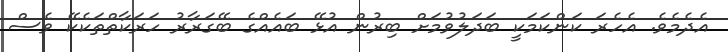
އެދެމެވެ. އެހެރަ ކަންކަމަކީ ބަދަލުވުމަށް ބިރުން އުޅޭ ބައެއްގެ ބޭގަރާރު ހަރަކާތްތަކެކޭ ވެސް